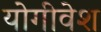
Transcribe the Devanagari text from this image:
योगीवेश